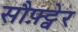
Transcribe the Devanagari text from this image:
सौफ़्ट्वेर